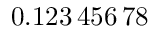
0 . 1 2 3 \, 4 5 6 \, 7 8